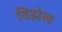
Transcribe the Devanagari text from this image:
विझेल